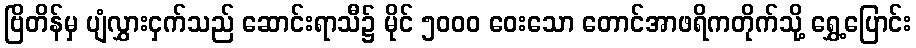
ဗြိတိန်မှ ပျံလွှားငှက်သည် ဆောင်းရာသီ၌ မိုင် ၅၀၀၀ ဝေးသော တောင်အာဖရိကတိုက်သို့ ရွှေ့ပြောင်း